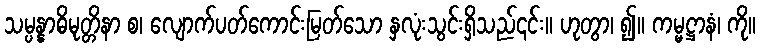
သမ္ပန္နာဓိမုတ္တိနာ စ၊ လျောက်ပတ်ကောင်းမြတ်သော နှလုံးသွင်းရှိသည်၎င်း။ ဟုတွာ၊ ၍။ ကမ္မဋ္ဌာနံ၊ ကို။